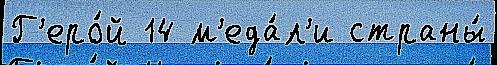
Г'еро́й 14 м'еда́л'и страны́